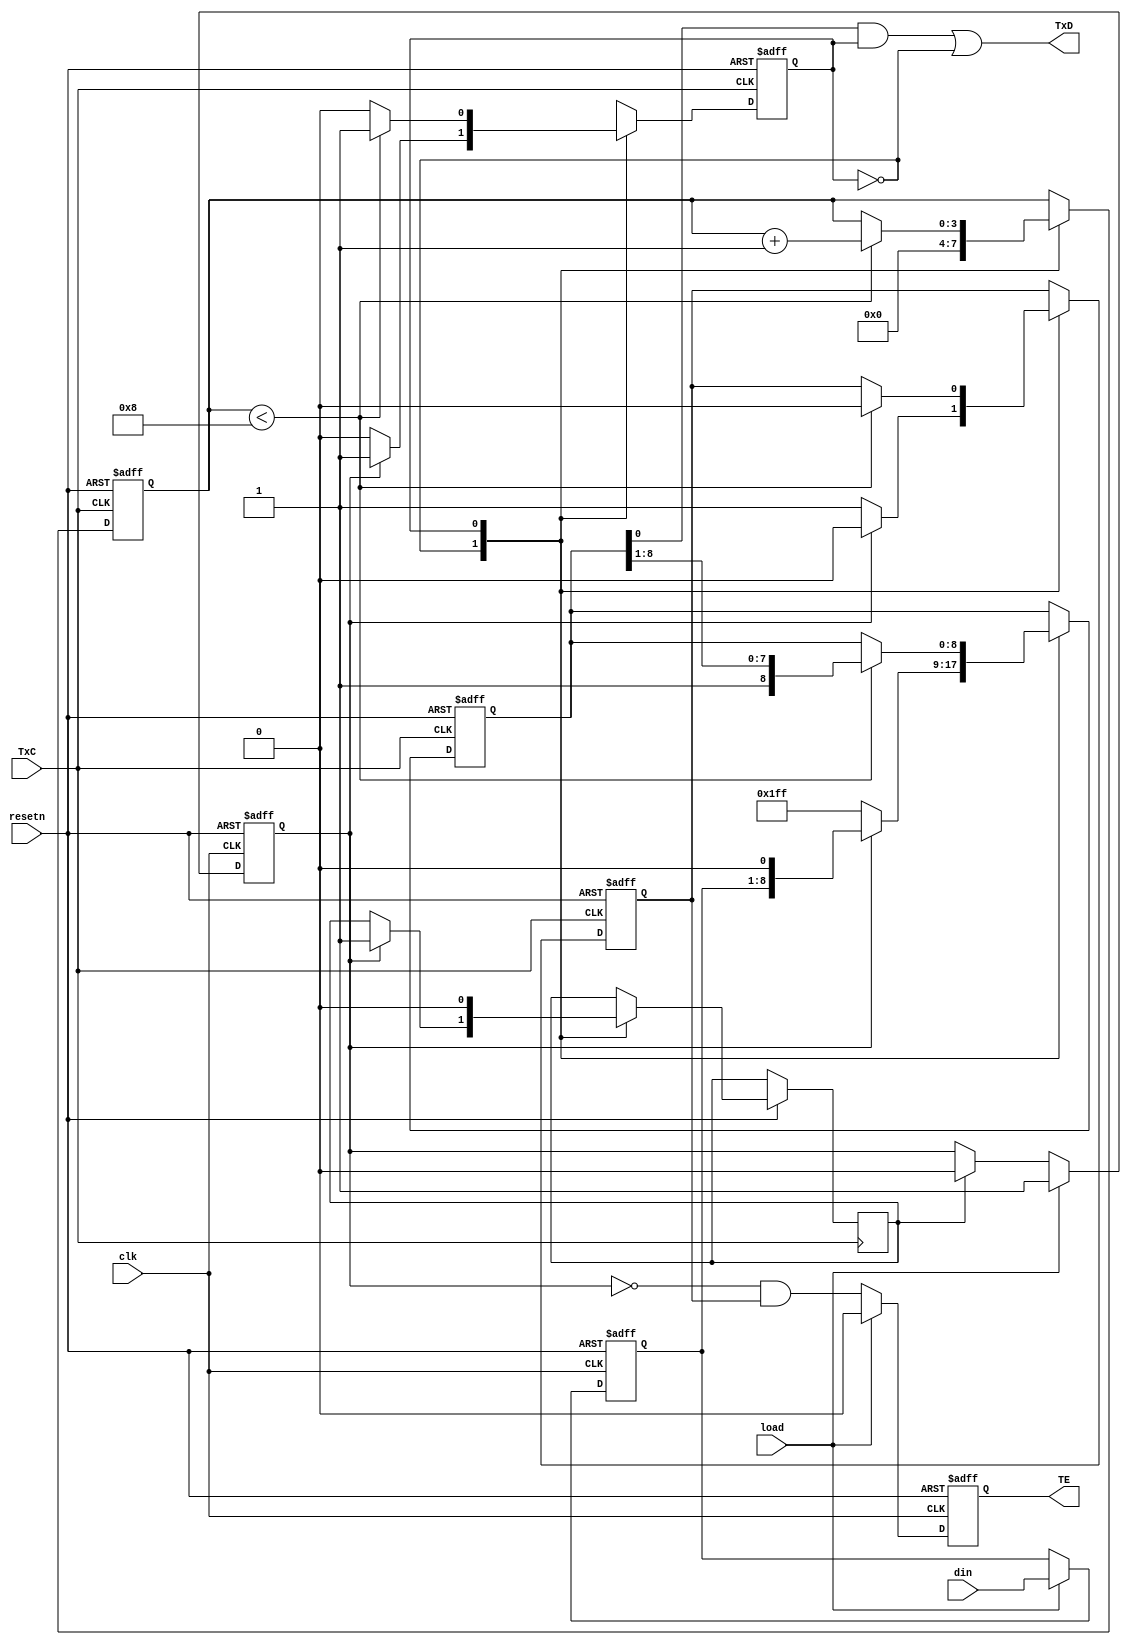
module UART_transmitter_mod(
  input       clk,
  input       resetn,
  input       TxC,       /* transmitter clock signal */
  input       load,      /* parallel load TDR signal */
  input [7:0] din,

  output reg  TE,        /* TDR empty flag */
  output wire TxD        /* TSDR output */
);

  /* state constants */
  localparam IDLE  = 1'b0;
  localparam SHIFT = 1'b1;

  /**/
  reg [7:0] TDR;
  /**/
  reg [8:0] TSDR;
  /**/
  reg [3:0] bitcnt;
  /**/
  reg state_ff;
  reg state_nxt;
  /**/
  reg set_TE;
  /**/
  reg loaded;
  /**/
  reg clear_loaded;
  
  /* load TDR when load is activated */
  always @(posedge clk or negedge resetn)
    begin
      if (resetn == 1'b0)
        begin
          TDR    <= 8'd0;
          loaded <= 1'b0;
        end
      else if (load == 1'b1)
        begin
          TDR    <= din;
          loaded <= 1'b1;
        end
      else if (clear_loaded == 1'b1)
        begin
          loaded <= 1'b0;
        end
    end

  /* update TDR empty flag */
  always @(posedge clk or negedge resetn)
    begin
      if (resetn == 1'b0)
        begin
          TE <= 1'b1;
        end
      else if (load == 1'b1)
        begin
          TE <= 1'b0;
        end
      else
        begin
          TE <= ~loaded & set_TE;
        end
    end

  /* initialize and update state registers */
  always @(posedge TxC or negedge resetn)
    begin
      if (resetn == 1'b0)
        begin
          state_ff <= IDLE;
        end
      else
        begin
          state_ff <= state_nxt;
        end
    end

  /* compute next state */
  always @(*)
    begin
      case (state_ff)
        IDLE:
          begin
            if (loaded == 1'b0)
              begin
                state_nxt = IDLE;
              end
            else
              begin
                state_nxt = SHIFT;
              end
          end

        SHIFT:
          begin
            if (bitcnt < 8)
              begin
                state_nxt = SHIFT;
              end
            else
              begin
                state_nxt = IDLE;
              end
          end
      endcase
    end

  /* RTL operations */
  always @(posedge TxC or negedge resetn)
    begin
      if (resetn == 1'b0)
        begin
          TSDR   <= 9'b11111_1111;
          bitcnt <= 4'd0;
          set_TE <= 1'b1;
        end
      else
        begin
          case (state_ff)
            IDLE:
              begin
                if (loaded == 1'b1)
                  begin
                    TSDR <= {TDR, 1'b0};
                    clear_loaded <= 1'b1;
                    bitcnt <= 4'd0;
                    set_TE <= 1'b0;
                  end
                else
                  begin
                    TSDR <= 9'b11111_1111;
                    bitcnt <= 4'd0;
                    set_TE <= 1'b1;
                  end
              end

            SHIFT:
              begin
                if (bitcnt < 8)
                 begin
                   set_TE <= 1'b0;
                   bitcnt <= bitcnt + 1;
                   TSDR <= {1'b1, TSDR[8:1]};
                 end
                clear_loaded <= 1'b0;
              end
          endcase
        end
    end

  assign TxD = TSDR[0] & (state_ff == SHIFT) | (state_ff == IDLE);

endmodule